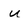
Character: u